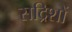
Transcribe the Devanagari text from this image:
सद्रिशों